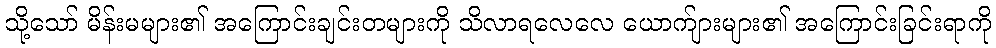
သို့သော် မိန်းမများ၏ အကြောင်းချင်းတများကို သိလာရလေလေ ယောက်ျားများ၏ အကြောင်းခြင်းရာကို